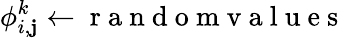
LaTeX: \phi_{i,\mathbf{j}}^{k}\leftarrow\mathrm{{~r~a~n~d~o~m~v~a~l~u~e~s~}}